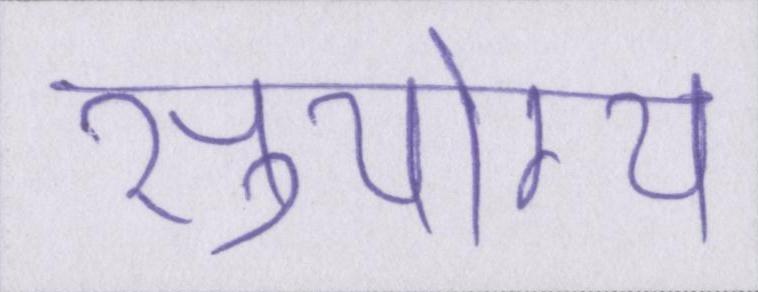
सुयोग्य